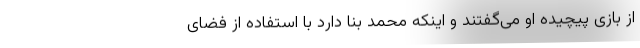
از بازی پیچیده او می‌گفتند و اینکه محمد بنا دارد با استفاده از فضای